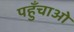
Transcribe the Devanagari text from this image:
पहुँचाओ